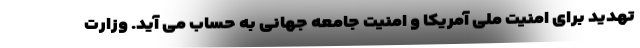
تهدید برای امنیت ملی آمریکا و امنیت جامعه جهانی به حساب می آید. وزارت